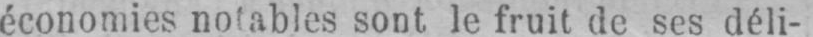
économies notables sont le fruit de ses déli-